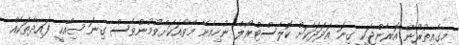
މީގެއިތުރުން އޮރެންޖަކީ ގިނަ އަދަދަކަށް ކޮލެސްޓްރޯލް ނުހިމެނޭ މޭވާއަކަށްވުމުންވެސް ގިނަ ޞިއްޙީ ފައިދާތަކެއް